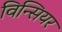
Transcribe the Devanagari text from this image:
विन्सियर